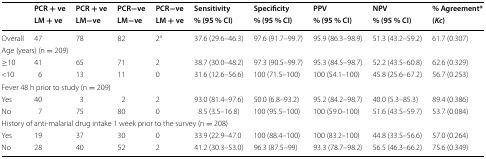
<table><thead><tr><td rowspan="2"></td><td><b>PCR + ve</b></td><td><b>PCR + ve</b></td><td><b>PCR−ve</b></td><td><b>PCR−ve</b></td><td><b>Sensitivity</b></td><td><b>Specificity</b></td><td><b>PPV</b></td><td><b>NPV</b></td><td><b>% Agreement*</b></td></tr><tr><td><b>LM + ve</b></td><td><b>LM−ve</b></td><td><b>LM−ve</b></td><td><b>LM + ve</b></td><td><b>% (95 % CI)</b></td><td><b>% (95 % CI)</b></td><td><b>% (95 % CI)</b></td><td><b>% (95 % CI)</b></td><td><b>(<i>Kc</i>)</b></td></tr></thead><tbody><tr><td>Overall</td><td>47</td><td>78</td><td>82</td><td>2<sup>a</sup></td><td>37.6 (29.6–46.3)</td><td>97.6 (91.7–99.7)</td><td>95.9 (86.3–98.9)</td><td>51.3 (43.2–59.2)</td><td>61.7 (0.307)</td></tr><tr><td colspan="10">Age (years) (n = 209)</td></tr><tr><td>≥10</td><td>41</td><td>65</td><td>71</td><td>2</td><td>38.7 (30.0–48.2)</td><td>97.3 (90.5–99.7)</td><td>95.3 (84.5–98.7)</td><td>52.2 (43.5–60.8)</td><td>62.6 (0.329)</td></tr><tr><td>&lt;10</td><td>6</td><td>13</td><td>11</td><td>0</td><td>31.6 (12.6–56.6)</td><td>100 (71.5–100)</td><td>100 (54.1–100)</td><td>45.8 (25.6–67.2)</td><td>56.7 (0.253)</td></tr><tr><td colspan="10">Fever 48 h prior to study (n = 209)</td></tr><tr><td>Yes</td><td>40</td><td>3</td><td>2</td><td>2</td><td>93.0 (81.4–97.6)</td><td>50.0 (6.8–93.2)</td><td>95.2 (84.2–98.7)</td><td>40.0 (5.3–85.3)</td><td>89.4 (0.386)</td></tr><tr><td>No</td><td>7</td><td>75</td><td>80</td><td>0</td><td>8.5 (3.5–16.8)</td><td>100 (95.5–100)</td><td>100 (59.0–100)</td><td>51.6 (43.5–59.7)</td><td>53.7 (0.084)</td></tr><tr><td colspan="10">History of anti-malarial drug intake 1 week prior to the survey (n = 208)</td></tr><tr><td>Yes</td><td>19</td><td>37</td><td>30</td><td>0</td><td>33.9 (22.9–47.0</td><td>100 (88.4–100)</td><td>100 (83.2–100)</td><td>44.8 (33.5–56.6)</td><td>57.0 (0.264)</td></tr><tr><td>No</td><td>28</td><td>40</td><td>52</td><td>2</td><td>41.2 (30.3–53.0)</td><td>96.3 (87.5–99)</td><td>93.3 (78.7–98.2)</td><td>56.5 (46.3–66.2)</td><td>75.6 (0.349)</td></tr></tbody></table>